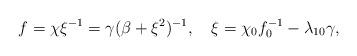
LaTeX: \begin{align*}f=\chi \xi^{-1}=\gamma(\beta+\xi^2)^{-1}, \quad \xi=\chi_0 f_0^{-1}-\lambda_{10} \gamma,\end{align*}